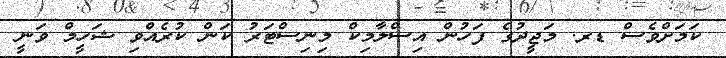
ކަމަށްވެސް ޑރ. މަޖީދުގެ ފަހުން އިސްލާމިކް މިނިސްޓަރު ކަން ކުރެއްވި ޝަހީމް ވަނީ